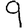
Digit: 9